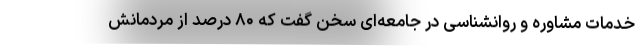
خدمات مشاوره و روانشناسی در جامعه‌ای سخن گفت که ۸۰ درصد از مردمانش